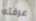
عرفته